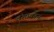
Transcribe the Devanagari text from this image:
वंशावरून